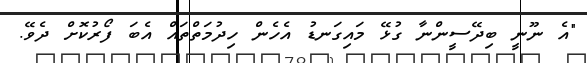
"އެ ނޫނީ ބިދޭސީންނާ ގުޅޭ މައިގަނޑު އެހެން ހިދުމަތްތައް އެބަ ފޯރުކޮށް ދެވޭ.